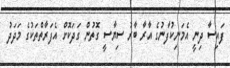
ފައިސާ ދިނީ އެމަނިކުފާނުގެ އާރާ ބާރު ސިޔާސީ ގޮތުން ގަދަކޮށް އެފަރާތްތަކުގެ މަދަދު